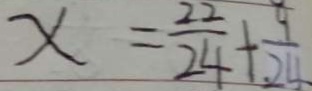
x = \frac { 2 2 } { 2 4 } + \frac { 9 } { 2 4 }